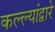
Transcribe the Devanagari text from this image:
कल्ल्यांद्वारे